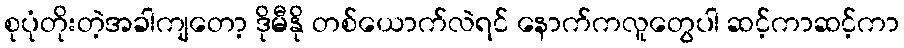
စုပုံတိုးတဲ့အခါကျတော့ ဒိုမီနို တစ်ယောက်လဲရင် နောက်ကလူတွေပါ ဆင့်ကာဆင့်ကာ